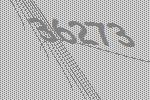
36273